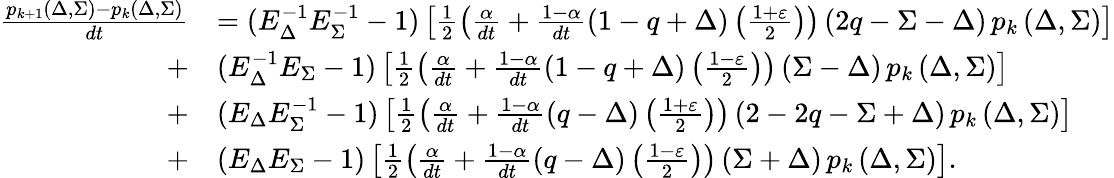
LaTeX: \begin{array}{rl}{\frac{p_{k+1}\left(\Delta,\Sigma\right)-p_{k}\left(\Delta,\Sigma\right)}{dt}}&{=(E_{\Delta}^{-1}E_{\Sigma}^{-1}-1)\left[\frac{1}{2}\left(\frac{\alpha}{dt}+\frac{1-\alpha}{dt}\left(1-q+\Delta\right)\left(\frac{1+\varepsilon}{2}\right)\right)\left(2q-\Sigma-\Delta\right)\thinspace p_{k}\left(\Delta,\Sigma\right)\right]}\\ {+}&{(E_{\Delta}^{-1}E_{\Sigma}-1)\left[\frac{1}{2}\left(\frac{\alpha}{dt}+\frac{1-\alpha}{dt}\left(1-q+\Delta\right)\left(\frac{1-\varepsilon}{2}\right)\right)\left(\Sigma-\Delta\right)\thinspace p_{k}\left(\Delta,\Sigma\right)\right]}\\ {+}&{(E_{\Delta}E_{\Sigma}^{-1}-1)\left[\frac{1}{2}\left(\frac{\alpha}{dt}+\frac{1-\alpha}{dt}\left(q-\Delta\right)\left(\frac{1+\varepsilon}{2}\right)\right)\left(2-2q-\Sigma+\Delta\right)\thinspace p_{k}\left(\Delta,\Sigma\right)\right]}\\ {+}&{(E_{\Delta}E_{\Sigma}-1)\left[\frac{1}{2}\left(\frac{\alpha}{dt}+\frac{1-\alpha}{dt}\left(q-\Delta\right)\left(\frac{1-\varepsilon}{2}\right)\right)\left(\Sigma+\Delta\right)\thinspace p_{k}\left(\Delta,\Sigma\right)\right].}\end{array}